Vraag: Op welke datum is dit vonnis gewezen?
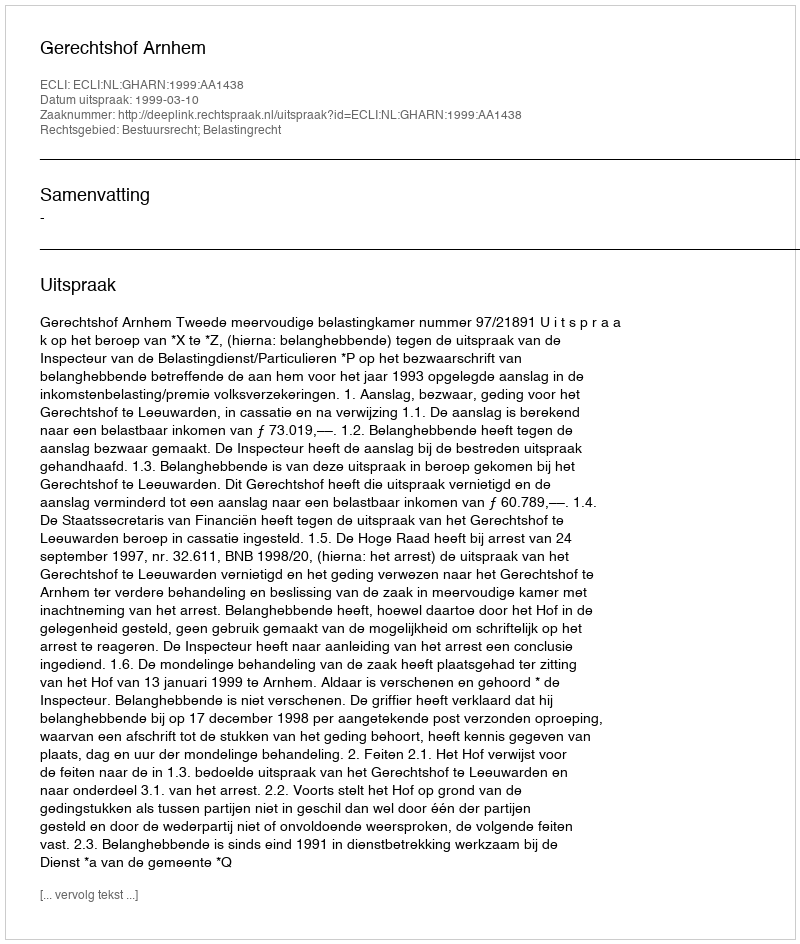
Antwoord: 1999-03-10